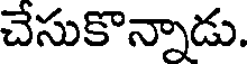
చేసుకొన్నాడు.